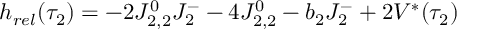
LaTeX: h _ { r e l } ( \tau _ { 2 } ) = - 2 J _ { 2 , 2 } ^ { 0 } J _ { 2 } ^ { - } - 4 J _ { 2 , 2 } ^ { 0 } - b _ { 2 } J _ { 2 } ^ { - } + 2 V ^ { * } ( \tau _ { 2 } )